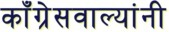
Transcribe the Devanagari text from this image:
काँग्रेसवाल्यांनी